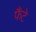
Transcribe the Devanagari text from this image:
फैंटे